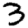
Digit: 3